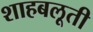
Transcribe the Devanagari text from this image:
शाहबलूती